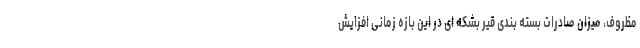
مظروف، میزان صادرات بسته بندی قیر بشکه ای در این بازه زمانی افزایش